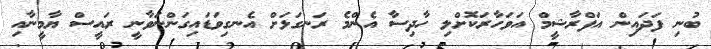
ބުނި ފަދައިން އަފްރާޝީމް އަވަހާރަކޮށްލި ހާދިސާ އެންމެ ރަނގަޅަށް އެނގިވަޑައިގަންނަވާނީ ރައީސް ޔާމީނާއި